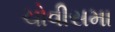
ચોવીસમા